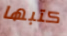
كتبها